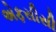
એફસીસી